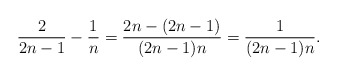
\begin{align*}{2 \over {2n - 1}} - {1 \over n} = {2n - (2n - 1) \over (2n - 1)n } = {1 \over (2n - 1) n}.\end{align*}